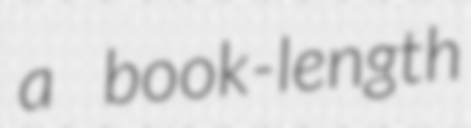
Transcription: a book-length